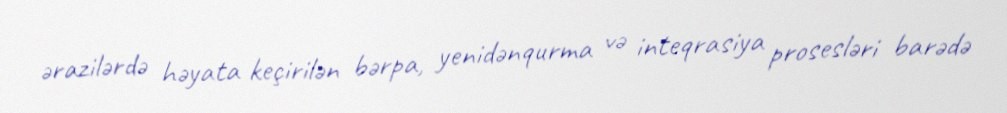
ərazilərdə həyata keçirilən bərpa, yenidənqurma və inteqrasiya prosesləri barədə